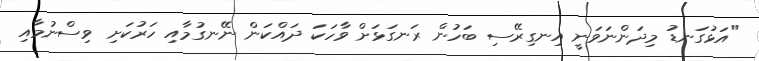
"އަޅުގަނޑު މިދަންނަވަނީ އިނގިރޭސި ބަހުން ރަނގަޅަށް ވާހަކަ ދައްކަން ނޭނގުމާއި ހަރުކަށި ވިސްނުމާއި